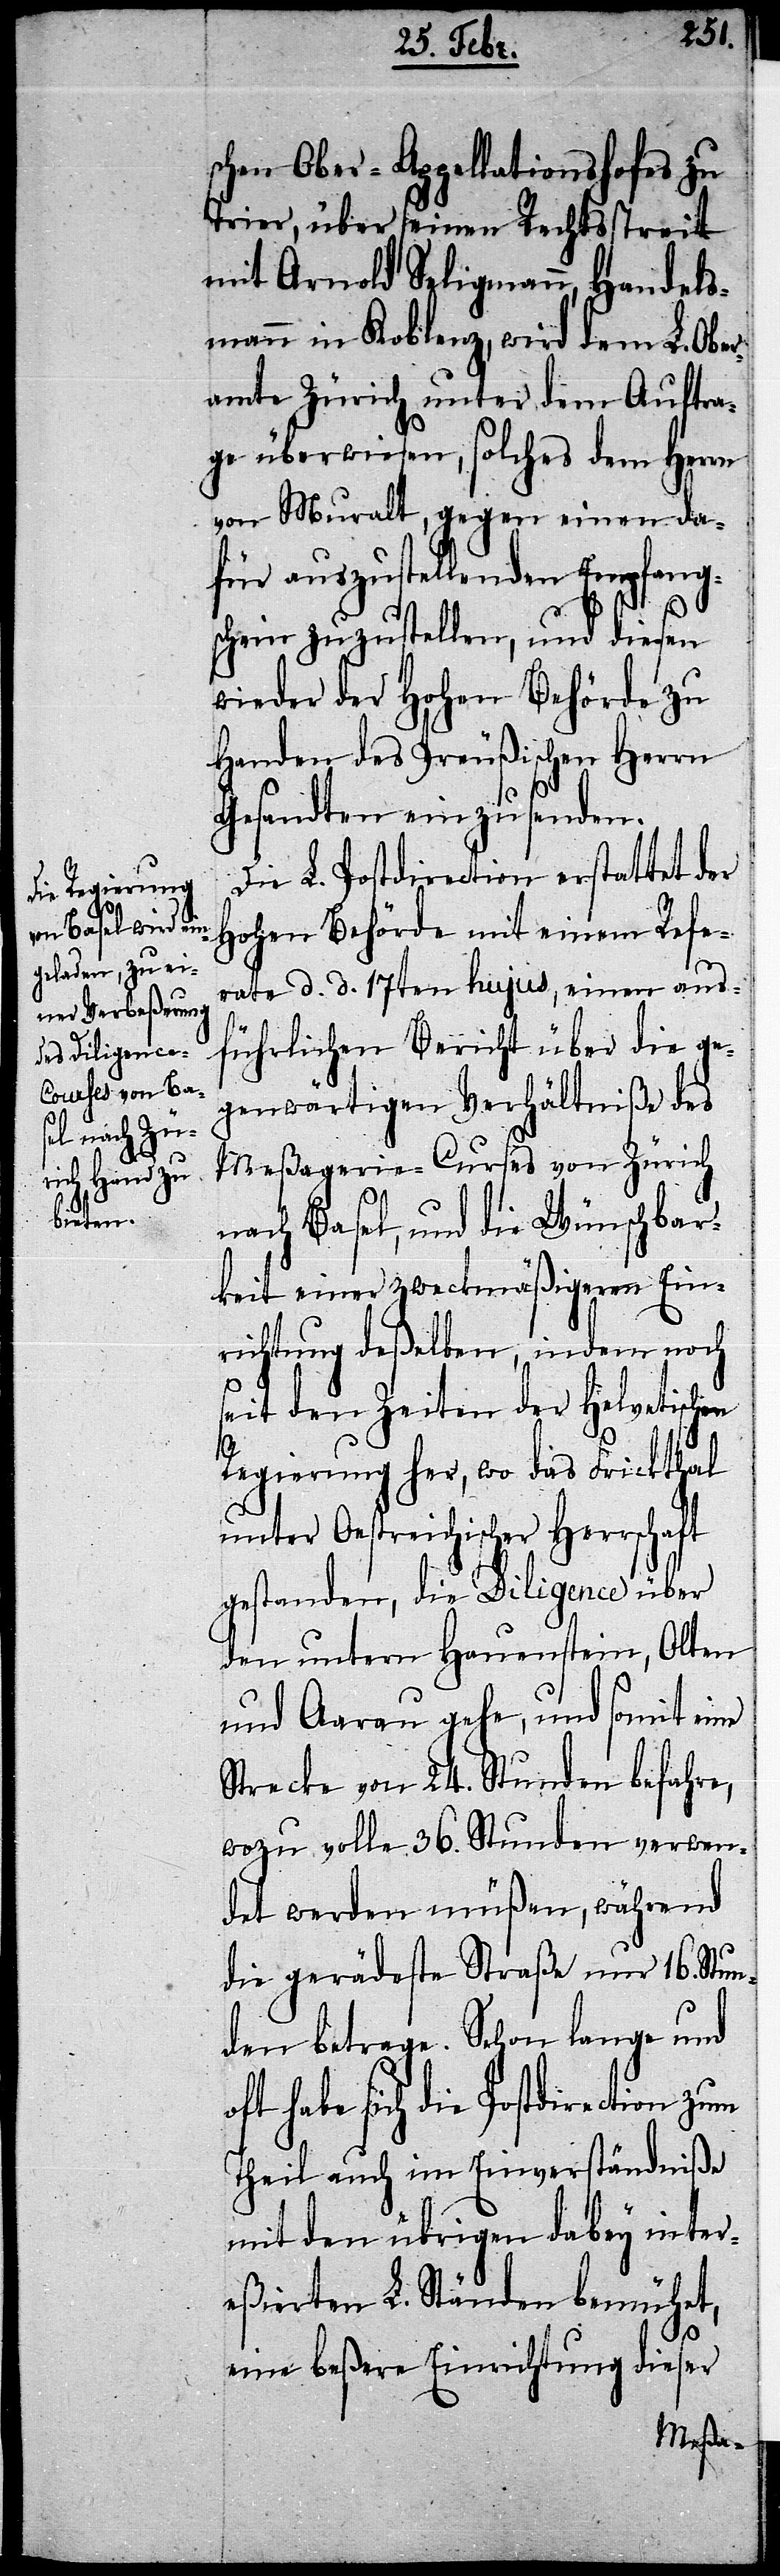
schen Ober-Appellationshofes zu
Trier, über seinen Rechtsstreit
mit Arnold Seligmann, Handels¬
mann in Koblenz, wird dem L. Obe¬
ramte Zürich unter dem Auftra¬
ge überwiesen, solches dem Herrn
von Muralt, gegen einen da¬
für auszustellenden Empfang¬
schein zuzustellen, und diesen
wieder der Hohen Behörde zu
Handen des Preußischen Herrn
Gesandten einzusenden.
Die L. Postdirection erstattet der
Hohen Behörde mit einem Refe¬
rate d. d. 17ten hujus, einen aus¬
führlichen Bericht über die ge¬
genwärtigen Verhältniße des
Meßagerie-Curses von Zürich
nach Basel, und die Wünschbar¬
keit einer zweckmäßigeren Ein¬
richtung deßelben, indem noch
seit den Zeiten der Helvetischen
Regierung her, wo das Frickthal
unter Oestreichischer Herrschaft
gestanden, die Diligence über
den untern Hauenstein, Olten
und Aarau gehe, und somit eine
Strecke von 24. Stunden befahre,
wozu volle 36. Stunden verwen¬
det werden müßen, während
die gerädeste Straße nur 16. Stun¬
den betrage. Schon lange und
oft habe sich die Postdirection
Theil auch im Einverständniße
mit den übrigen dabey inter¬
eßierten L. Ständen bemühet,
eine beßere Einrichtung dieser